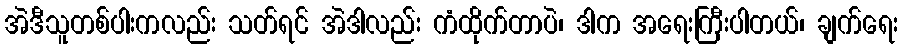
အဲဒီသူတစ်ပါးကလည်း သတ်ရင် အဲဒါလည်း ကံထိုက်တာပဲ၊ ဒါက အရေးကြီးပါတယ်၊ ချက်ရေး